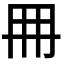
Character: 𠕋